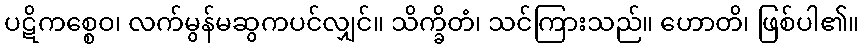
ပဋိကစ္စေဝ၊ လက်မွန်မဆွကပင်လျှင်။ သိက္ခိတံ၊ သင်ကြားသည်။ ဟောတိ၊ ဖြစ်ပါ၏။